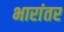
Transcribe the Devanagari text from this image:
भारांतर